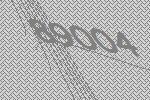
89004